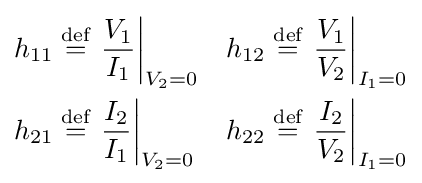
{\begin{aligned}h_{11}&\mathrel {\stackrel {\text{def}}{=}} \left.{\frac {V_{1}}{I_{1}}}\right|_{V_{2}=0}&h_{12}&\mathrel {\stackrel {\text{def}}{=}} \left.{\frac {V_{1}}{V_{2}}}\right|_{I_{1}=0}\\h_{21}&\mathrel {\stackrel {\text{def}}{=}} \left.{\frac {I_{2}}{I_{1}}}\right|_{V_{2}=0}&h_{22}&\mathrel {\stackrel {\text{def}}{=}} \left.{\frac {I_{2}}{V_{2}}}\right|_{I_{1}=0}\end{aligned}}